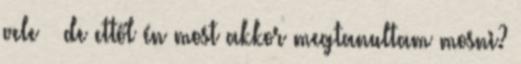
vele – de ettől én most akkor megtanultam mosni?